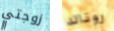
زوجتي رونالد